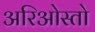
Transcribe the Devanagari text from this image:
अरिओस्तो